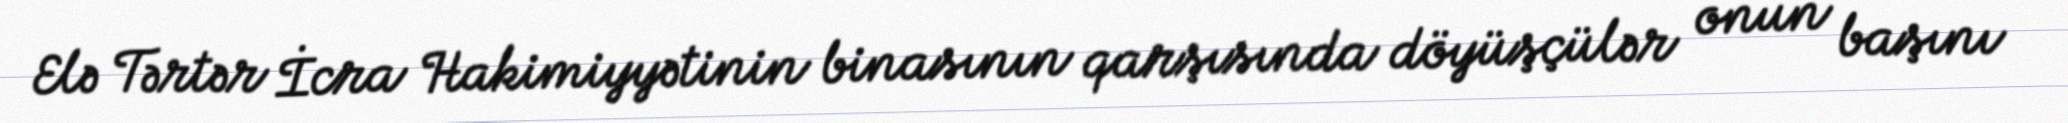
Elə Tərtər İcra Hakimiyyətinin binasının qarşısında döyüşçülər onun başını